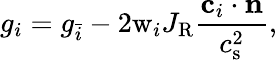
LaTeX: g_{i}=g_{\bar{i}}-2\mathrm{w}_{i}J_{\mathrm{R}}\frac{\mathbf{c}_{i}\cdot\mathbf{n}}{c_{\mathrm{s}}^{2}},